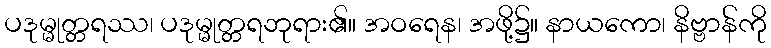
ပဒုမ္မုတ္တရဿ၊ ပဒုမ္မုတ္တရဘုရား၏။ အဝရေန၊ အဖို့၌။ နာယကော၊ နိဗ္ဗာန်ကို